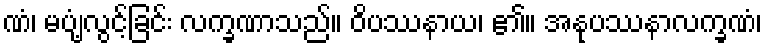
ဏံ၊ မပျံ့လွင့်ခြင်း လက္ခဏာသည်။ ဝိပဿနာယ၊ ၏။ အနုပဿနာလက္ခဏံ၊